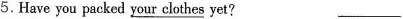
5.Have you packed \underline{ your clothes} yet?___